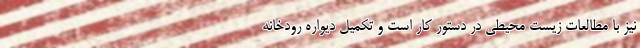
نیز با مطالعات زیست محیطی در دستور کار است و تکمیل دیواره رودخانه